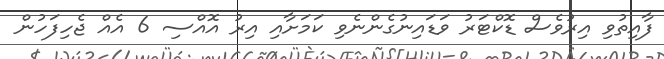
ފާއިތުވި އިރުވެސް ޑޮކްޓަރު ވަޑައިނުގެންނެވި ކަމަށާއި އިރު އޮއްސި 6 އެއް ޖެހިފަހުން